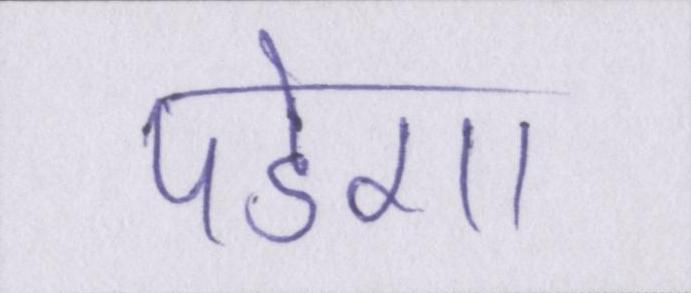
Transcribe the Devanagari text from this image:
पडेगा